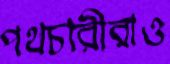
পথচারীরাও